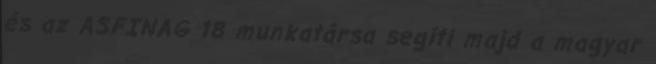
és az ASFINAG 18 munkatársa segíti majd a magyar